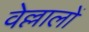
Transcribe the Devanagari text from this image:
वेल्लालों